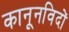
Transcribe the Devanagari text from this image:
कानूनविदों